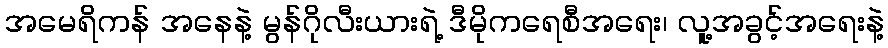
အမေရိကန် အနေနဲ့ မွန်ဂိုလီးယားရဲ့ ဒီမိုကရေစီအရေး၊ လူ့အခွင့်အရေးနဲ့